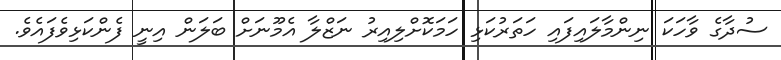
ސުދާގެ ވާހަކަ ނިންމާލައިފައި ހަތަރުކަޅި ހަމަކޮށްލިއިރު ނަޒްލާ އެމޫނަށް ބަލަން އިނީ ފެންކަޅިވެފައެވެ.